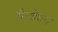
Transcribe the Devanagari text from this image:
पैन्थेयन